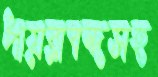
পায়রাবন্দসহ